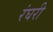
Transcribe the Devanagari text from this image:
रंघरी